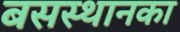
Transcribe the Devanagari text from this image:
बसस्थानका